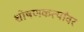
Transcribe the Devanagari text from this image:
शोषणकर्त्यांवर